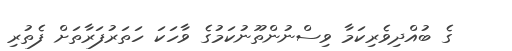
ގެ ބުއްދިވެރިކަމާ ވިސްނުންތޫނުކަމުގެ ވާހަކަ ހަތަރުފަރާތަށް ފެތުރި